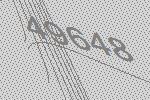
49648